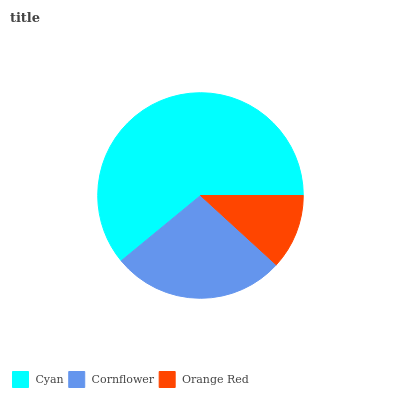
| Cyan | Cornflower | Orange Red |
 | --- | --- | --- |
 | 61% | 27.2% | 11.8% |